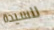
للسيدة